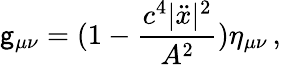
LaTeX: \mathsf{g}_{\mu\nu}=(1-\frac{{c^{4}|\ddot{{x}}|^{2}}}{{A^{2}}})\eta_{\mu\nu}\, {,}